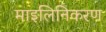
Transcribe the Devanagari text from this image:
माइलिनिकरण